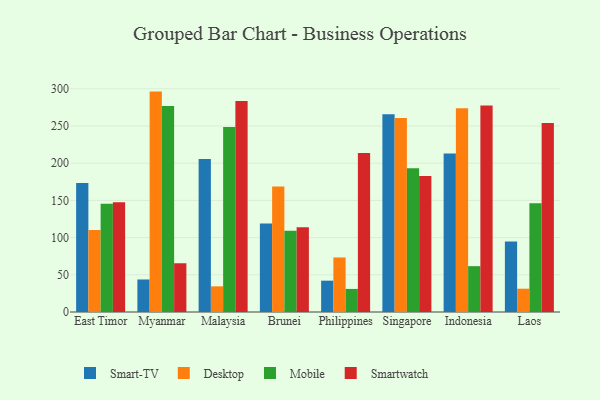
{"axis": {"x": "Country", "y": "Page Views"}, "legend": ["Desktop", "Mobile", "Smart-TV", "Smartwatch"], "data": [{"x": "East Timor", "y": 173.5, "type": "Smart-TV"}, {"x": "East Timor", "y": 110.3, "type": "Desktop"}, {"x": "East Timor", "y": 145.6, "type": "Mobile"}, {"x": "East Timor", "y": 147.5, "type": "Smartwatch"}, {"x": "Myanmar", "y": 43.7, "type": "Smart-TV"}, {"x": "Myanmar", "y": 296.2, "type": "Desktop"}, {"x": "Myanmar", "y": 277.0, "type": "Mobile"}, {"x": "Myanmar", "y": 65.5, "type": "Smartwatch"}, {"x": "Malaysia", "y": 205.7, "type": "Smart-TV"}, {"x": "Malaysia", "y": 34.5, "type": "Desktop"}, {"x": "Malaysia", "y": 248.6, "type": "Mobile"}, {"x": "Malaysia", "y": 283.5, "type": "Smartwatch"}, {"x": "Brunei", "y": 119.1, "type": "Smart-TV"}, {"x": "Brunei", "y": 168.5, "type": "Desktop"}, {"x": "Brunei", "y": 109.2, "type": "Mobile"}, {"x": "Brunei", "y": 113.9, "type": "Smartwatch"}, {"x": "Philippines", "y": 42.1, "type": "Smart-TV"}, {"x": "Philippines", "y": 73.3, "type": "Desktop"}, {"x": "Philippines", "y": 31.0, "type": "Mobile"}, {"x": "Philippines", "y": 213.7, "type": "Smartwatch"}, {"x": "Singapore", "y": 265.6, "type": "Smart-TV"}, {"x": "Singapore", "y": 260.7, "type": "Desktop"}, {"x": "Singapore", "y": 193.3, "type": "Mobile"}, {"x": "Singapore", "y": 182.8, "type": "Smartwatch"}, {"x": "Indonesia", "y": 212.9, "type": "Smart-TV"}, {"x": "Indonesia", "y": 273.7, "type": "Desktop"}, {"x": "Indonesia", "y": 61.6, "type": "Mobile"}, {"x": "Indonesia", "y": 277.4, "type": "Smartwatch"}, {"x": "Laos", "y": 94.6, "type": "Smart-TV"}, {"x": "Laos", "y": 31.3, "type": "Desktop"}, {"x": "Laos", "y": 146.1, "type": "Mobile"}, {"x": "Laos", "y": 253.9, "type": "Smartwatch"}]}